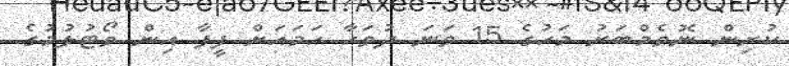
ކުރިން ނޮވެމްބަރު މަހުގެ 15 ވަނަ ދުވަހާ ހަމައަށް ފީފާ އިން ވޯޓުލުމުގެ